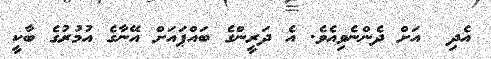
އެދި  އަށް ދެންނެވިއެވެ. އެ ދަރީންގެ ބައްޕައަށް އޭނާގެ އުމުރުގެ ބާކީ